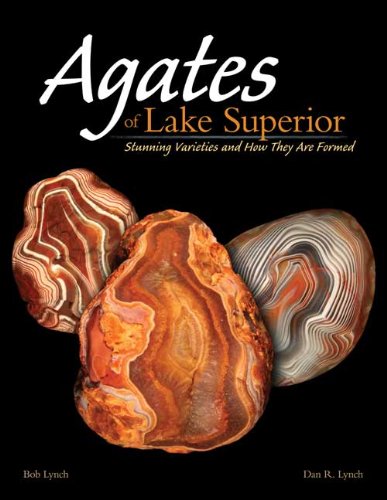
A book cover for Agates of Lake Superior: Stunning Varieties and How They Are Formed; Bob Lynch; Science & Math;